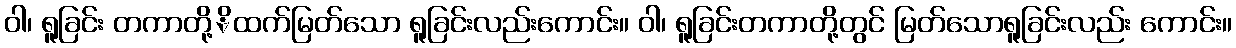
ဝါ၊ ရူခြင်း တကာတို့ိထက်မြတ်သော ရူခြင်းလည်းကောင်း။ ဝါ၊ ရူခြင်းတကာတို့တွင် မြတ်သောရူခြင်းလည်း ကောင်း။